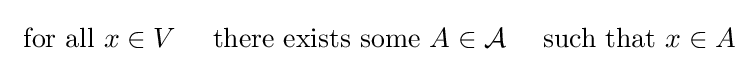
{\text{ for all }}x\in V\quad {\text{ there exists some }}A\in {\mathcal {A}}\quad {\text{ such that }}x\in A